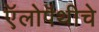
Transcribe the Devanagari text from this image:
ऍलोपॅथीचे